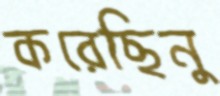
করেছিনু